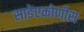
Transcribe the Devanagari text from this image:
साडेएकोणीस